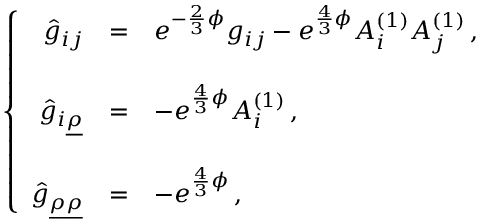
\left\{ \begin{array} { r c l } { { \hat { g } _ { i j } } } & { { = } } & { { e ^ { - \frac { 2 } { 3 } \phi } g _ { i j } - e ^ { \frac { 4 } { 3 } \phi } A _ { i } ^ { ( 1 ) } A _ { j } ^ { ( 1 ) } \, , } } \\ { { } } & { { } } & { { } } \\ { { \hat { g } _ { i \underline { { { \rho } } } } } } & { { = } } & { { - e ^ { \frac { 4 } { 3 } \phi } A _ { i } ^ { ( 1 ) } \, , } } \\ { { } } & { { } } & { { } } \\ { { \hat { g } _ { \underline { { { \rho } } } \underline { { { \rho } } } } } } & { { = } } & { { - e ^ { \frac { 4 } { 3 } \phi } \, , } } \end{array} \right.